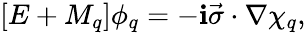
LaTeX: [E+M_{q}]\phi_{q}=-\mathbf{i}\vec{{\sigma}}\cdot\nabla\chi_{q},